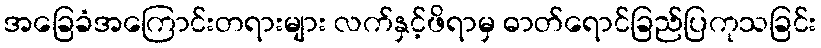
အခြေခံအကြောင်းတရားများ လက်နှင့်ဖိရာမှ ဓာတ်ရောင်ခြည်ပြကုသခြင်း